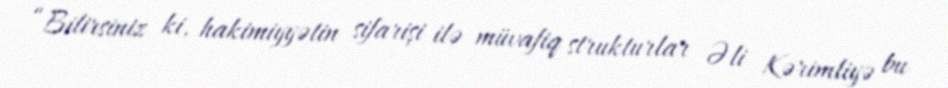
“Bilirsiniz ki, hakimiyyətin sifarişi ilə müvafiq strukturlar Əli Kərimliyə bu